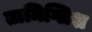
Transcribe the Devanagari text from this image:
तामिग्लिश